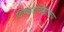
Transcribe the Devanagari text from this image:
विश्‍ववविद्यालय